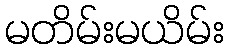
မတိမ်းမယိမ်း